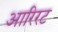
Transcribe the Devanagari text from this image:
आरिरट